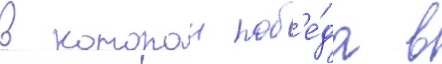
в которои поб'е́да в